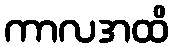
ကာလအထိ